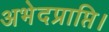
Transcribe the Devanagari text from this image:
अभेदप्राप्ति।